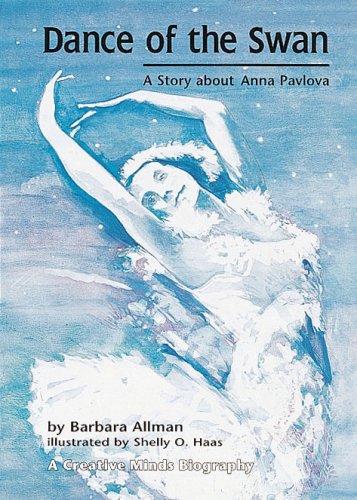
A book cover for Dance of the Swan: A Story about Anna Pavlova (Creative Minds Biography); Barbara Allman; Children's Books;